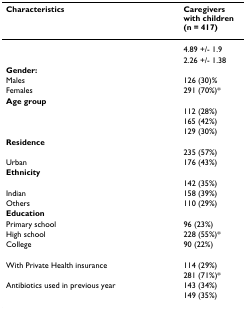
<table><thead><tr><td><b>Characteristics</b></td><td><b>Caregivers with children (n = 417)</b></td></tr></thead><tbody><tr><td>[EMPTY_CELL]</td><td>4.89 +/- 1.9</td></tr><tr><td>[EMPTY_CELL]</td><td>2.26 +/- 1.38</td></tr><tr><td><b>Gender:</b></td><td>[EMPTY_CELL]</td></tr><tr><td>Males</td><td>126 (30)%</td></tr><tr><td>Females</td><td>291 (70%)*</td></tr><tr><td><b>Age group</b></td><td>[EMPTY_CELL]</td></tr><tr><td>[EMPTY_CELL]</td><td>112 (28%)</td></tr><tr><td>[EMPTY_CELL]</td><td>165 (42%)</td></tr><tr><td>[EMPTY_CELL]</td><td>129 (30%)</td></tr><tr><td><b>Residence</b></td><td>[EMPTY_CELL]</td></tr><tr><td>[EMPTY_CELL]</td><td>235 (57%)</td></tr><tr><td>Urban</td><td>176 (43%)</td></tr><tr><td><b>Ethnicity</b></td><td>[EMPTY_CELL]</td></tr><tr><td>[EMPTY_CELL]</td><td>142 (35%)</td></tr><tr><td>Indian</td><td>158 (39%)</td></tr><tr><td>Others</td><td>110 (29%)</td></tr><tr><td><b>Education</b></td><td>[EMPTY_CELL]</td></tr><tr><td>Primary school</td><td>96 (23%)</td></tr><tr><td>High school</td><td>228 (55%)*</td></tr><tr><td>College</td><td>90 (22%)</td></tr><tr><td>[EMPTY_CELL]</td><td>[EMPTY_CELL]</td></tr><tr><td>With Private Health insurance</td><td>114 (29%)</td></tr><tr><td>[EMPTY_CELL]</td><td>281 (71%)*</td></tr><tr><td>Antibiotics used in previous year</td><td>143 (34%)</td></tr><tr><td>[EMPTY_CELL]</td><td>149 (35%)</td></tr></tbody></table>